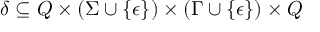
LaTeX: \delta \subseteq Q \times ( \Sigma \cup \{ \epsilon \} ) \times ( \Gamma \cup \{ \epsilon \} ) \times Q